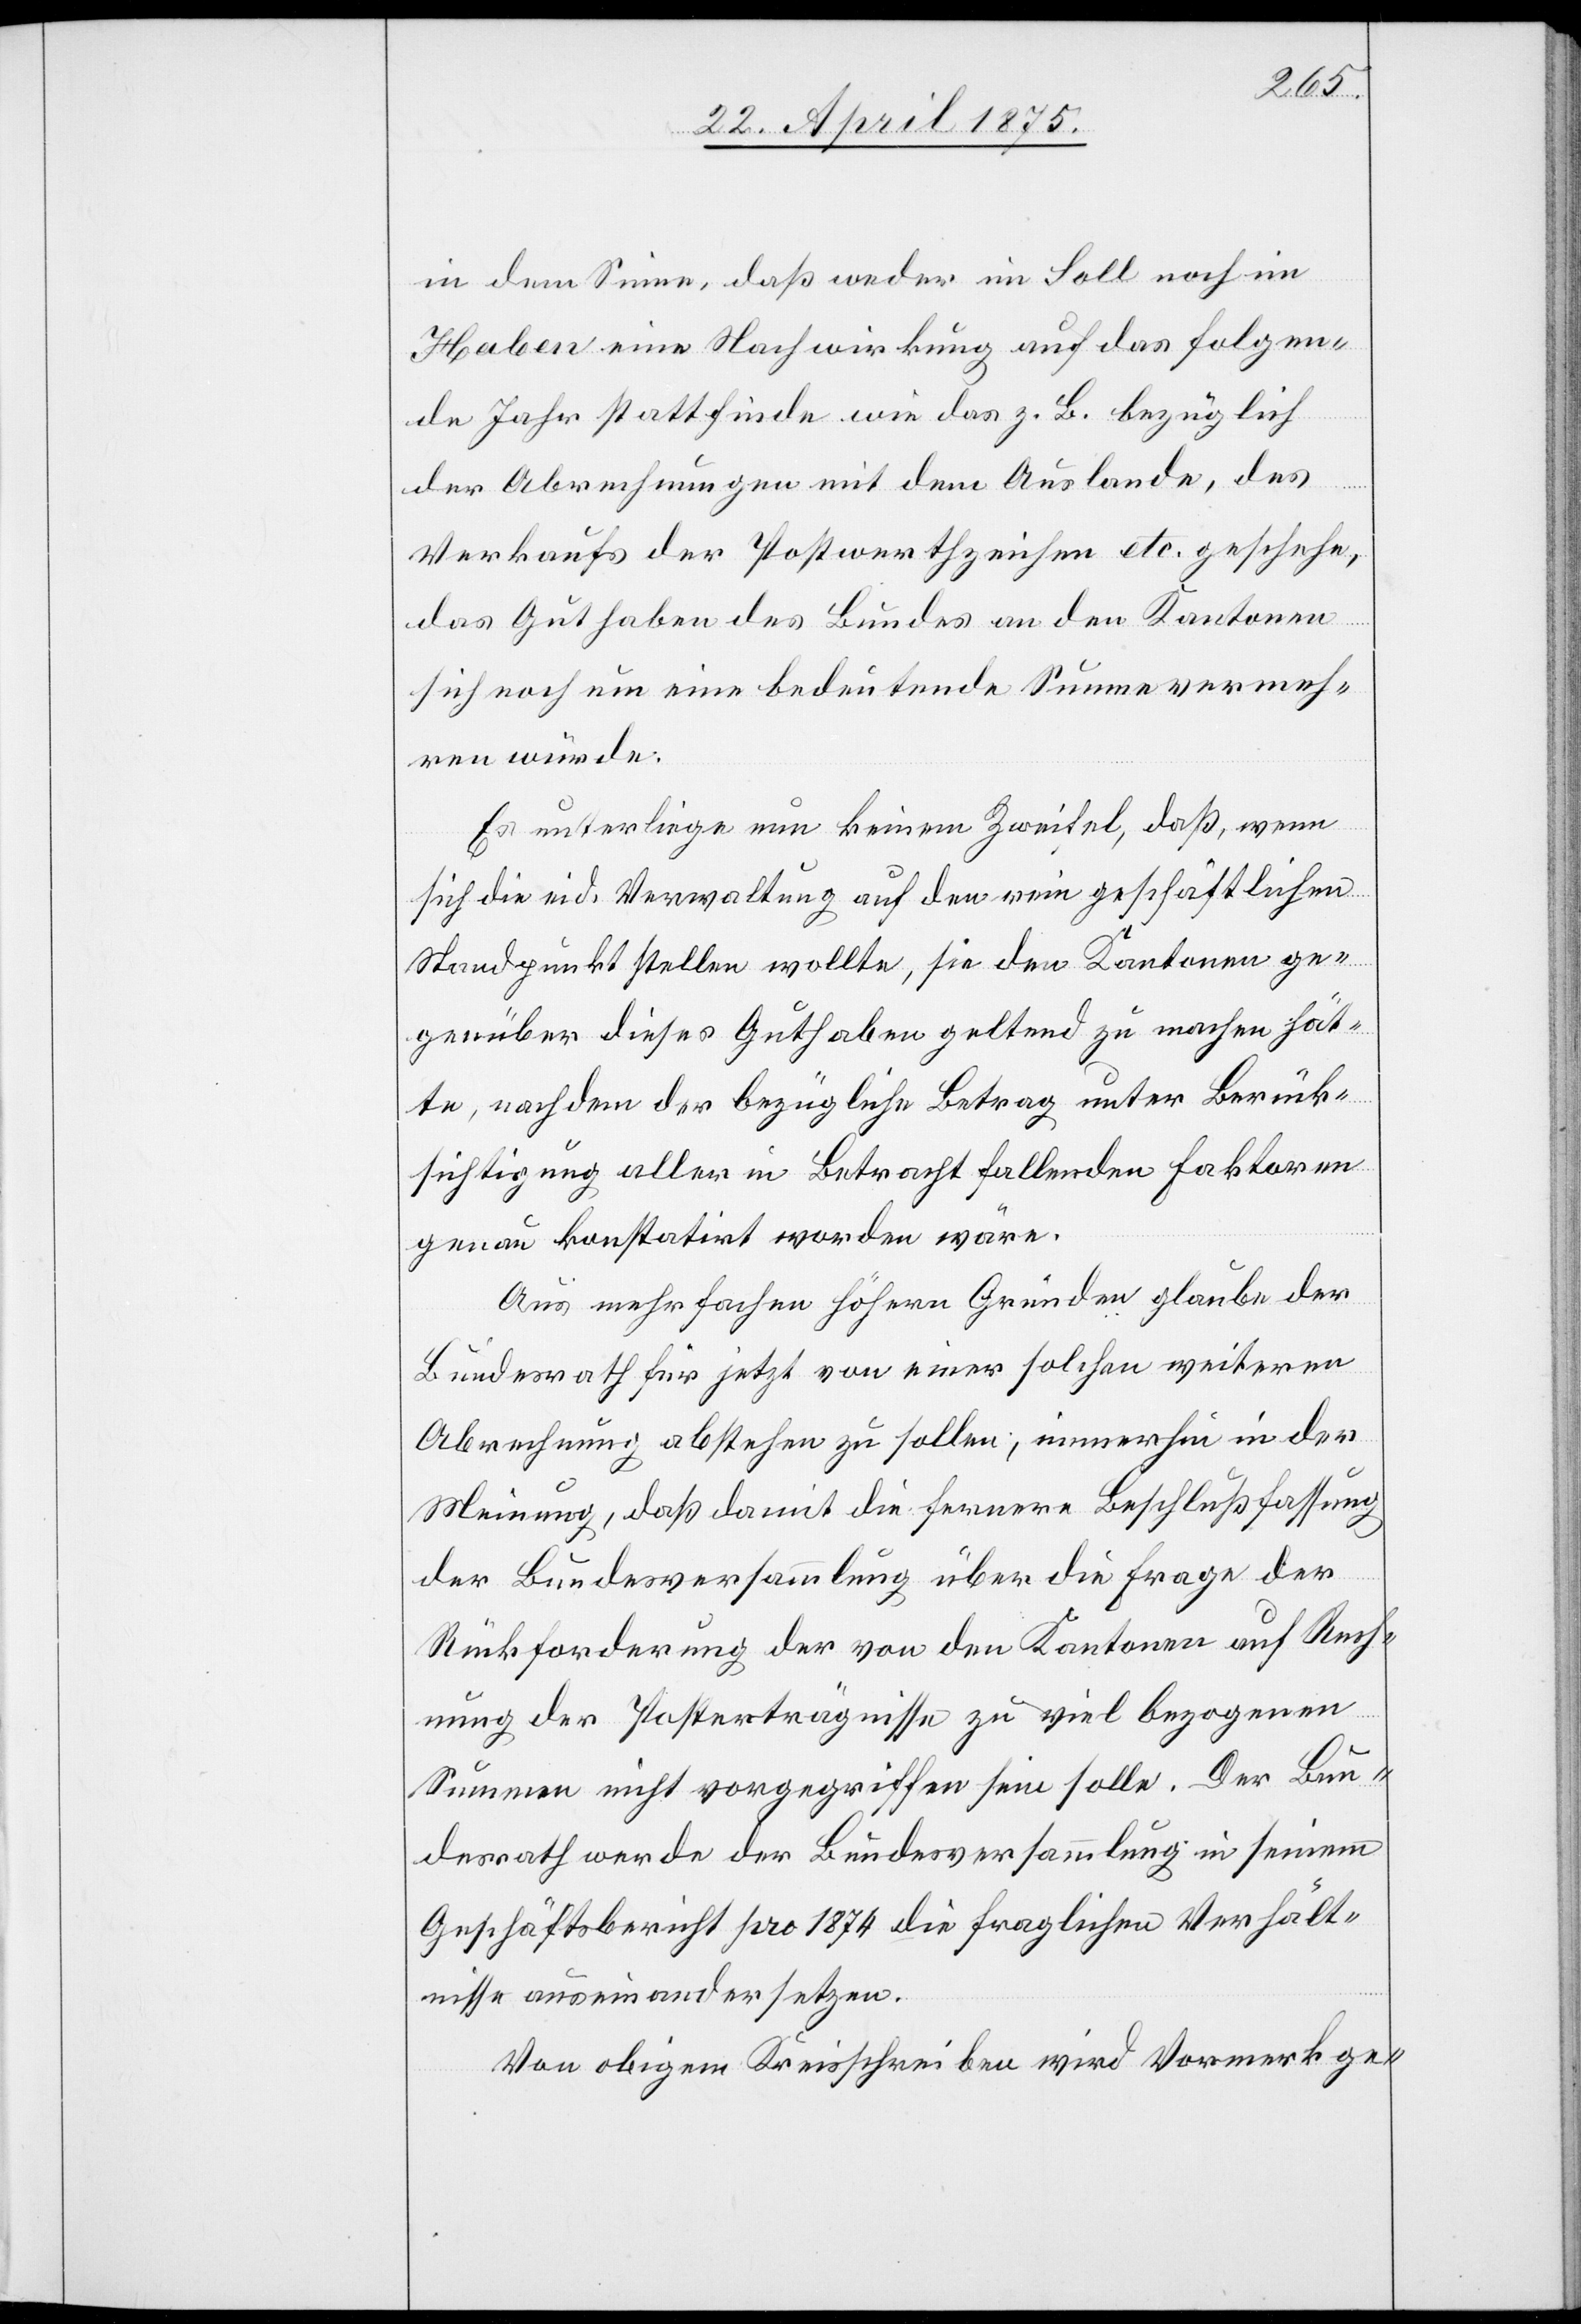
in dem Sinne, daß weder im Soll noch im
Haben eine Nachwirkung auf das folgen¬
de Jahr stattfinde wie das z. B. bezüglich
der Abrechnungen mit dem Auslande, des
Verkaufs der Postwerthzeichen etc. geschehe,
das Guthaben des Bundes an den Kantonen
sich noch um eine bedeutende Summe vermeh¬
ren würde.
Es unterliege nun keinem Zweifel, daß, wenn
sich die in d. Verwaltung auf den rein geschäftlichen
Standpunkt stellen wollte, sie den Kantonen ge¬
genüber dieses Guthaben geltend zu machen hät¬
te, nachdem der bezügliche Betrag unter Berück¬
sichtigung aller in Betracht fallenden Faktoren
genau konstatirt worden wäre.
Aus mehrfachen höhern Gründen glaube der
Bundesrath für jetzt von einer solchen weiteren
Abrechnung abstehen zu sollen, immerhin in der
Meinung, daß damit die fernere Beschlußfassung
der Bundesversammlung über die Frage der
Rückforderung der von den Kantonen auf Rech¬
nung der Posterträgnisse zu viel bezogenen
Summen nicht vorgegriffen sein solle. Der Bun¬
desrath werde der Bundesversammlung in seinem
Geschäftsbericht pro 1874 die fraglichen Verhält¬
nisse auseinandersetzen.
Von obigem Kreisschrieben wird Vormerk ge-